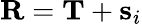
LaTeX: {\mathbf R}={\mathbf T}+{\mathbf s}_{i}